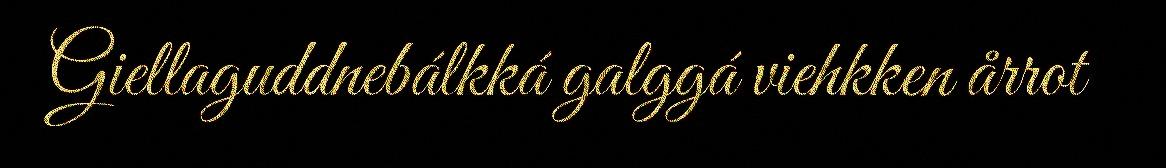
Giellaguddnebálkká galggá viehkken årrot